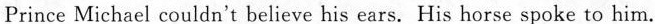
Prince Michael couldn't believe his ears. His horse spoke to him.